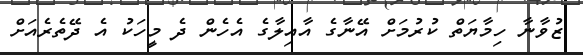
ޒުވާނާ ހިމާޔަތް ކުރުމަށް އޭނާގެ އާއިލާގެ އެހެން ދެ މީހަކު އެ ދޭތެރެއަށް